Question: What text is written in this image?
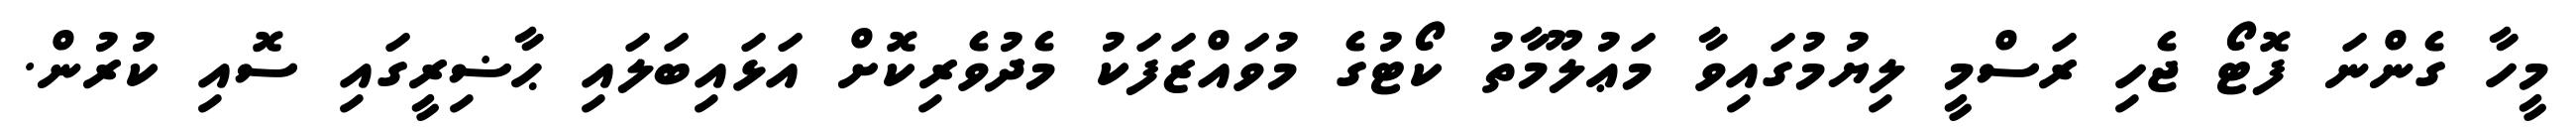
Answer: މީހާ ގެންނަ ފޮޓޯ ޖެހި ރަސްމީ ލިޔުމުގައިވާ މަޢުލޫމާތު ކޯޓުގެ މުވައްޒަފަކު މެދުވެރިކޮށް އަޅައިބަލައި ޙާޟިރީގައި ސޮއި ކުރުން.